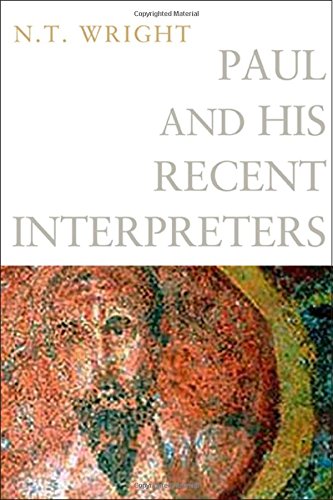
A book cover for Paul and His Recent Interpreters; N. T. Wright; Christian Books & Bibles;